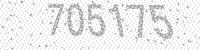
Solution: 705175